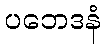
ပဘေဒနံ